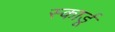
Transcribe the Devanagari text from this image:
स्कार्डू